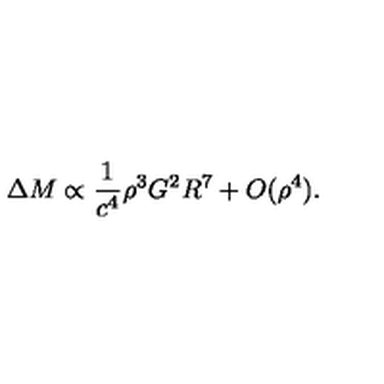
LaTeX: \Delta M \propto \frac { 1 } { c ^ { 4 } } \rho ^ { 3 } G ^ { 2 } R ^ { 7 } + O ( \rho ^ { 4 } ) .